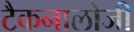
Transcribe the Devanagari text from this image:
टैकनालोजी